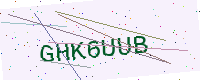
Text: GHK6UUB